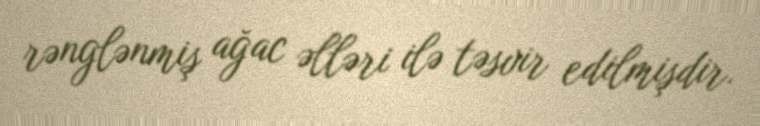
rənglənmiş ağac əlləri ilə təsvir edilmişdir.